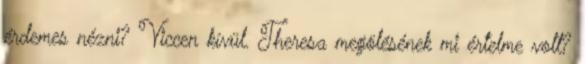
érdemes nézni? Viccen kívül. Theresa megölésének mi értelme volt?